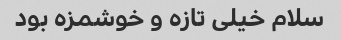
سلام خیلی تازه و خوشمزه بود